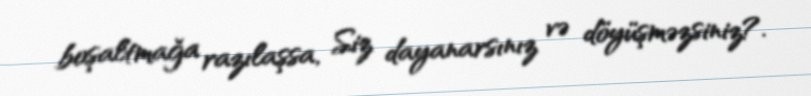
boşaltmağa razılaşsa, Siz dayanarsınız və döyüşməzsiniz?.